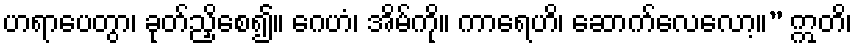
ဟရာပေတွာ၊ ခုတ်ညှိစေ၍။ ဂေဟံ၊ အိမ်ကို။ ကာရေဟိ၊ ဆောက်လေလော့။” ဣတိ၊